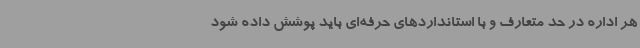
هر اداره در حد متعارف و با استانداردهای حرفه‌ای باید پوشش داده شود